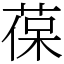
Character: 葆